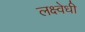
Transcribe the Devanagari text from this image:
लक्ष्वेधी